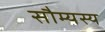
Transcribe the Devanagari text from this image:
सौम्यस्य